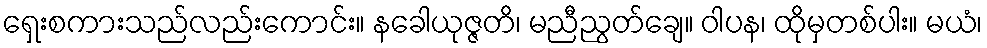
ရှေးစကားသည်လည်းကောင်း။ နခေါယုဇ္ဇတိ၊ မညီညွတ်ချေ။ ဝါပန၊ ထိုမှတစ်ပါး။ မယံ၊